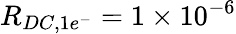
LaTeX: R_{DC,1e^{-}}=1\times 10^{-6}